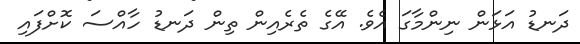
ދަނޑު އަޅަން ނިންމާގަ އެވެ. އޭގެ ތެރެއިން ތިން ދަނޑު ހާއްސަ ކޮށްފައި